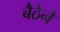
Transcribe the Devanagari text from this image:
बैठेने